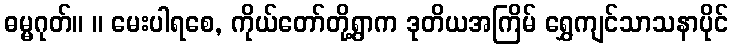
ဓမ္မဂုတ်။ ။ မေးပါရစေ, ကိုယ်တော်တို့ရွာက ဒုတိယအကြိမ် ရွှေကျင်သာသနာပိုင်